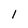
Character: l